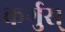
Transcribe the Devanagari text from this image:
कर्गुस्